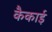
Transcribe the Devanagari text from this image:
कैकाई